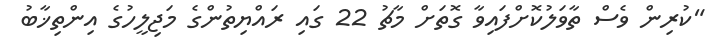
"ކުރިން ވެސް ތާވަލުކޮށްފައިވާ ގޮތަށް މާޗު 22 ގައި ރައްޔިތުންގެ މަޖިލީހުގެ އިންތިޚާބު